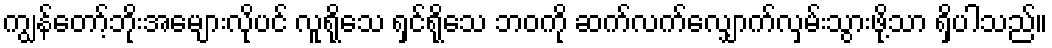
ကျွန်တော့်ဘိုးအေများလိုပင် လူရိုသေ ရှင်ရိုသေ ဘဝကို ဆက်လက်လျှောက်လှမ်းသွားဖို့သာ ရှိပါသည်။